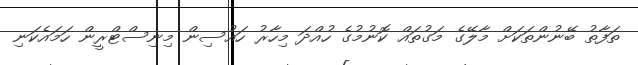
ތަފާތު ބޭނުންތަކަށް މާލޭގެ މަގުތައް ކޮނުމުގެ ހުއްދަ މިހާރު ހައުސިން މިނިސްޓްރީން ހަމައެކަނި